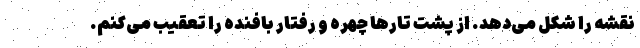
نقشه را شکل می‌دهد. از پشت تارها چهره و رفتار بافنده را تعقیب می‌کنم.